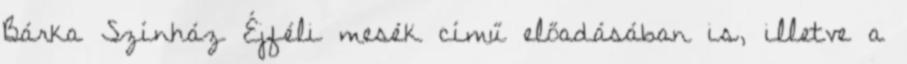
Bárka Színház Éjféli mesék című előadásában is, illetve a